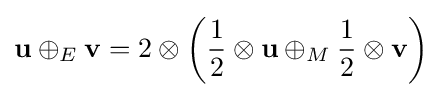
\mathbf {u} \oplus _{E}\mathbf {v} =2\otimes \left({{\frac {1}{2}}\otimes \mathbf {u} \oplus _{M}{\frac {1}{2}}\otimes \mathbf {v} }\right)